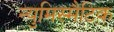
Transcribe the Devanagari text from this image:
न्युमिस्मैटिक